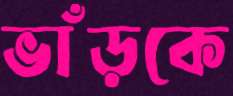
ভাঁড়কে